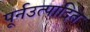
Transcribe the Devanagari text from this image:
पूर्नउत्पादित